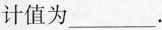
计值为___。